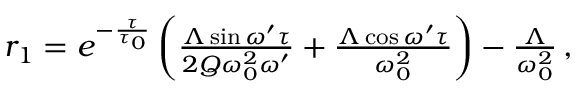
\begin{array} { r l r } & { } & { r _ { 1 } = e ^ { - \frac { \tau } { \tau _ { 0 } } } \left( \frac { \Lambda \sin { \omega ^ { \prime } \tau } } { 2 Q \omega _ { 0 } ^ { 2 } \omega ^ { \prime } } + \frac { \Lambda \cos { \omega ^ { \prime } \tau } } { \omega _ { 0 } ^ { 2 } } \right) - \frac { \Lambda } { \omega _ { 0 } ^ { 2 } } \, , } \end{array}